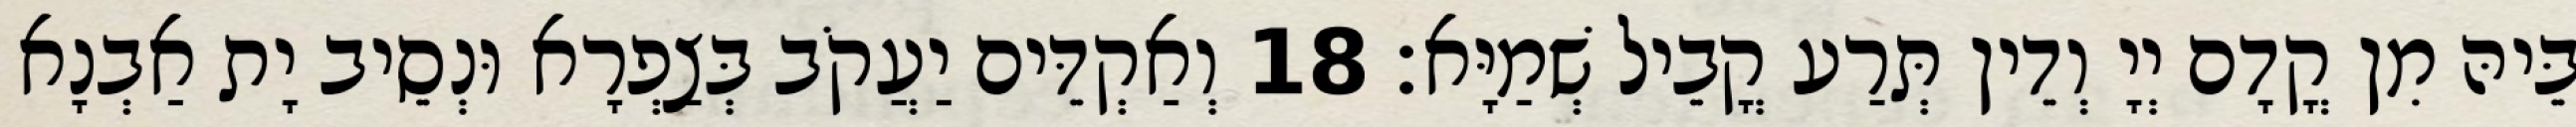
בֵּיהּ מִן קֳדָם יְיָ וְדֵין תְּרַע קֳבֵיל שְׁמַיָּא׃ 18 וְאַקְדֵּים יַעֲקֹב בְּצַפְרָא וּנְסֵיב יָת אַבְנָא